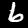
Digit: 6